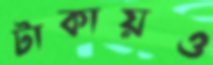
টাকায়ও